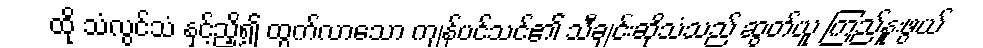
ထို သံလွင်သံ နှင့်ညှိ၍ ထွက်လာသော ကျန်ပင်သင်၏ သီချင်းဆိုသံသည် ဆွတ်ယူ ကြည်နူးဖွယ်